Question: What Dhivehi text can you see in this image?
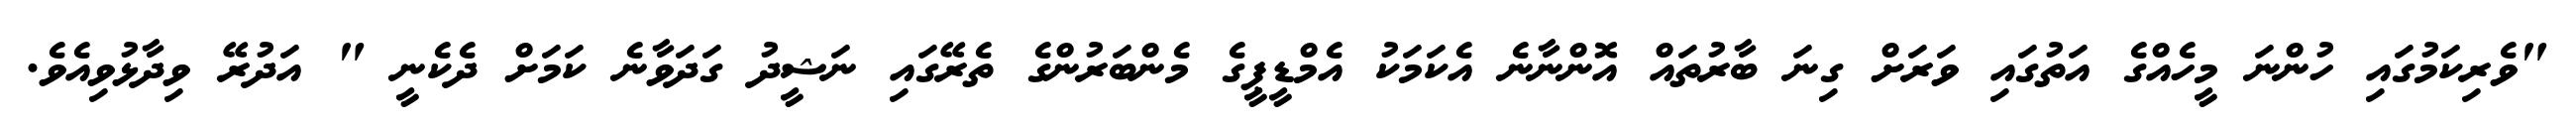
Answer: "ވެރިކަމުގައި ހުންނަ މީހެއްގެ އަތުގައި ވަރަށް ގިނަ ބާރުތައް އޮންނާނެ އެކަމަކު އެމްޑީޕީގެ މެންބަރުންގެ ތެރޭގައި ނަޝީދު ގަދަވާނެ ކަމަށް ދެކެނީ " އަދުރޭ ވިދާޅުވިއެވެ.